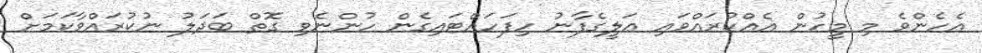
އެހެންވެ މި މީހުން އެއްކުރައްވައި ޢަލީގެފާނު ހިފަހައްޓައިގެން ހުންނެވި ގޮތް ބަދަލު ނުކުރައްވާކަމަށް